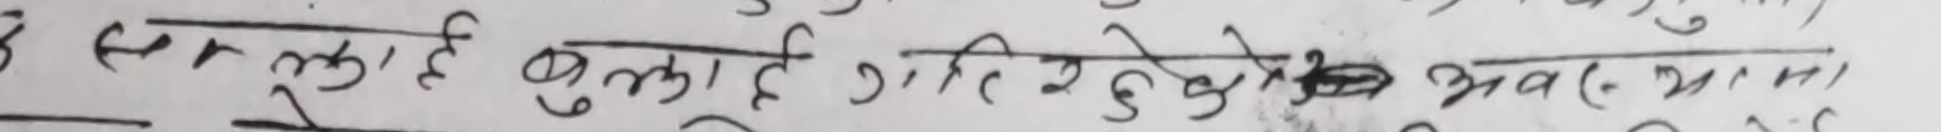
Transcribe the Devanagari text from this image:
सत्लाही बुबुलाही तिरेकमे भवत् १